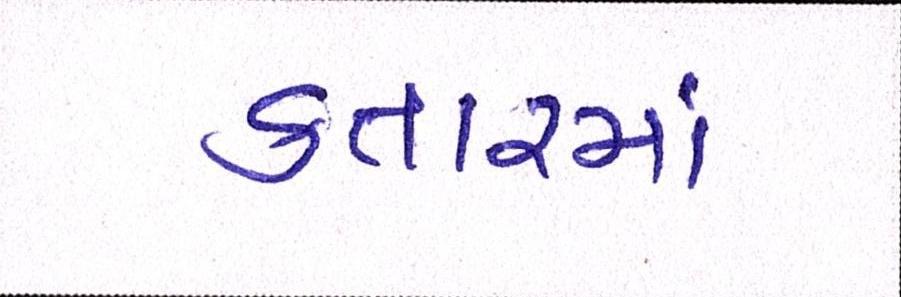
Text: કતારમાં